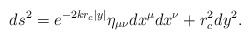
\begin{align*}ds^{2}=e^{-2kr_{c}|y|}\eta _{\mu \nu }dx^{\mu }dx^{\nu}+r_{c}^{2}dy^{2}.\end{align*}